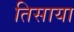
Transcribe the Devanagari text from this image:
तिसाया